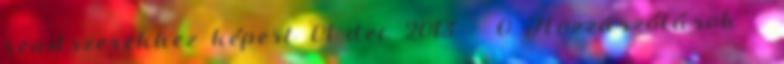
rendszerekhez képest 01 dec 2013 0 Hozzászólások